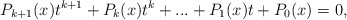
\begin{align*}P_{k+1}(x) t^{k+1}+P_{k}(x) t^{k}+... +P_{1}(x) t + P_{0}(x)=0,\end{align*}